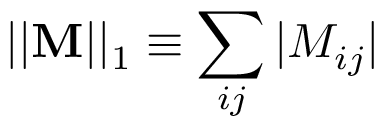
| | \mathbf { M } | | _ { 1 } \equiv \sum _ { i j } | M _ { i j } |